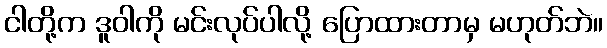
ငါတို့က ဒူဝါကို မင်းလုပ်ပါလို့ ပြောထားတာမှ မဟုတ်ဘဲ။